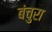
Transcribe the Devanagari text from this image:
बंचुरा